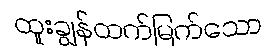
ထူးချွန်ထက်မြက်သော